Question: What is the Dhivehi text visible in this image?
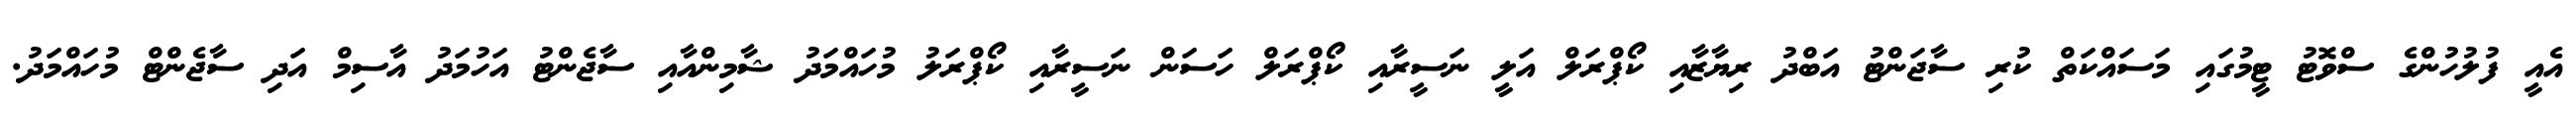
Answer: އެއީ ފުލުހުންގެ ސްވޮޓު ޓީމުގައި މަސައްކަތް ކުރި ސާޖަންޓު އަބްދު ރިޔާޒާއި ކޯޕްރަލް އަލީ ނަސީރާއި ކޯޕްރަލް ހަސަން ނަސީރާއި ކޯޕްރަލު މުހައްމަދު ޝާމިންއާއި ސާޖެންޓު އަހުމަދު އާސިމް އަދި ސާޖެންޓް މުހައްމަދު.